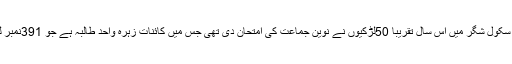
گرلز ہائیر سکینڈری سکول شگر میں اس سال تقریبا 50لڑکیوں نے نوین جماعت کی امتحان دی تھی جس میں کائنات زہرہ واحد طالبہ ہے جو 391نمبر لیکر پاس ہوگئی تھی۔